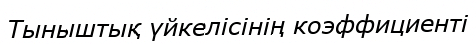
Тыныштық үйкелісінің коэффициенті